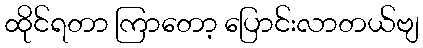
ထိုင်ရတာ ကြာတော့ ပြောင်းလာတယ်ဗျ